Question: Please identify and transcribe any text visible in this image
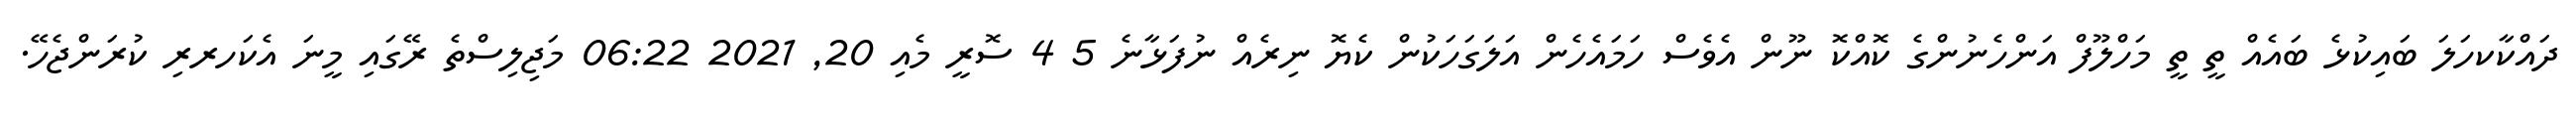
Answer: ދައްކާކހަލަ ބައިކުޅެ ބައެއް ތީ ތީ މަހްލޫފް އަންހެނުންގެ ކޮއްކޮ ނޫން އެވެސް ހަމައެހެން އަލަގަހަކުން ކެޔޮ ނިރެއް ނުފަޅާނެ 5 4 ސޮރީ މެއި 20, 2021 06:22 މަޖިލިސްތެ ރޭގައި މީނަ އެކަހރރި ކުރަންޖެހޭ.